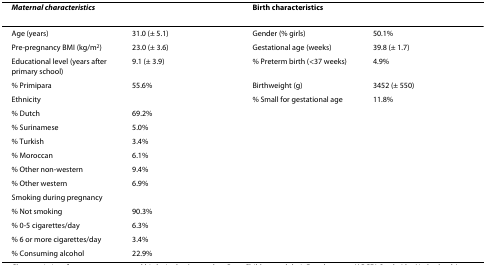
| <COLSPAN=2> Maternal characteristics | <COLSPAN=2> Birth characteristics |
 | --- | --- | --- | --- |
 | Age (years) | 31.0 (± 5.1) | Gender (% girls) | 50.1% |
 | Pre-pregnancy BMI (kg/m2) | 23.0 (± 3.6) | Gestational age (weeks) | 39.8 (± 1.7) |
 | Educational level (years after primary school) | 9.1 (± 3.9) | % Preterm birth (<37 weeks) | 4.9% |
 | % Primipara | 55.6% | Birthweight (g) | 3452 (± 550) |
 | Ethnicity |  | % Small for gestational age | 11.8% |
 | % Dutch | 69.2% |  |  |
 | % Surinamese | 5.0% |  |  |
 | % Turkish | 3.4% |  |  |
 | % Moroccan | 6.1% |  |  |
 | % Other non-western | 9.4% |  |  |
 | % Other western | 6.9% |  |  |
 | Smoking during pregnancy |  |  |  |
 | % Not smoking | 90.3% |  |  |
 | % 0-5 cigarettes/day | 6.3% |  |  |
 | % 6 or more cigarettes/day | 3.4% |  |  |
 | % Consuming alcohol | 22.9% |  |  |